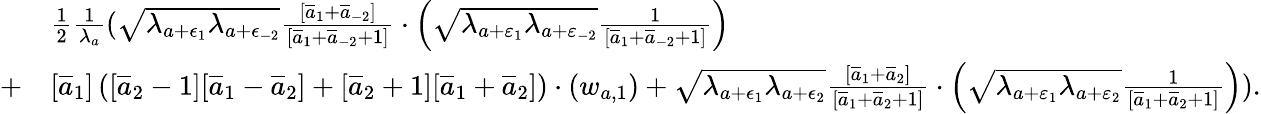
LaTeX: \begin{array}{rl}&{\frac{1}{2}\frac{1}{\lambda_{a}}(\sqrt{\lambda_{a+\epsilon_{1}}\lambda_{a+\epsilon_{-2}}}\frac{[\overline{{a}}_{1}+\overline{{a}}_{-2}]}{[\overline{{a}}_{1}+\overline{{a}}_{-2}+1]}\cdot\left(\sqrt{\lambda_{a+\varepsilon_{1}}\lambda_{a+\varepsilon_{-2}}}\frac{1}{[\overline{{a}}_{1}+\overline{{a}}_{-2}+1]}\right)}\\ {+}&{[\overline{{a}}_{1}]\left([\overline{{a}}_{2}-1][\overline{{a}}_{1}-\overline{{a}}_{2}]+[\overline{{a}}_{2}+1][\overline{{a}}_{1}+\overline{{a}}_{2}]\right)\cdot(w_{a,1})+\sqrt{\lambda_{a+\epsilon_{1}}\lambda_{a+\epsilon_{2}}}\frac{[\overline{{a}}_{1}+\overline{{a}}_{2}]}{[\overline{{a}}_{1}+\overline{{a}}_{2}+1]}\cdot\left(\sqrt{\lambda_{a+\varepsilon_{1}}\lambda_{a+\varepsilon_{2}}}\frac{1}{[\overline{{a}}_{1}+\overline{{a}}_{2}+1]}\right)).}\end{array}